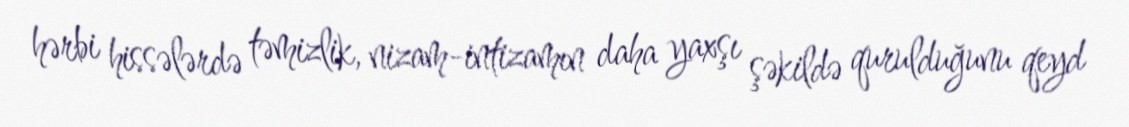
hərbi hissələrdə təmizlik, nizam-intizamın daha yaxşı şəkildə qurulduğunu qeyd